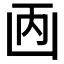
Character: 𠚇